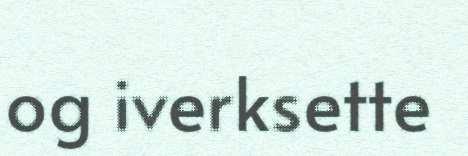
og iverksette